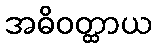
အဓိဝတ္ထာယ